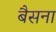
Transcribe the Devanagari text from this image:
बैसना